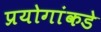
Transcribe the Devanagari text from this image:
प्रयोगांकडे